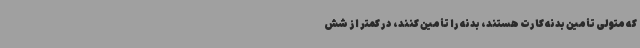
که متولی تأمین بدنه کارت هستند، بدنه را تأمین کنند، در کمتر از شش